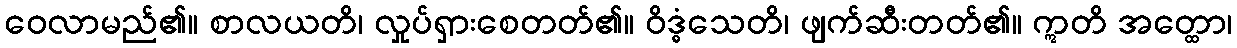
ဝေလာမည်၏။ စာလယတိ၊ လှုပ်ရှားစေတတ်၏။ ဝိဒ္ဓံသေတိ၊ ဖျက်ဆီးတတ်၏။ ဣတိ အတ္ထော၊